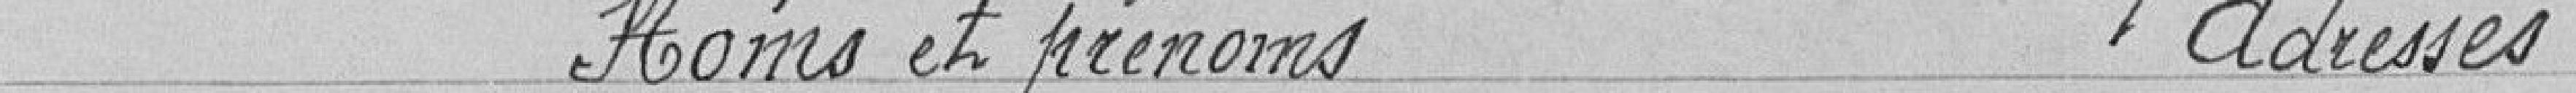
Noms et prénoms  Adresses